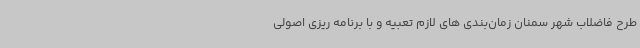
طرح فاضلاب شهر سمنان زمان‌بندی های لازم تعبیه و با برنامه ریزی اصولی